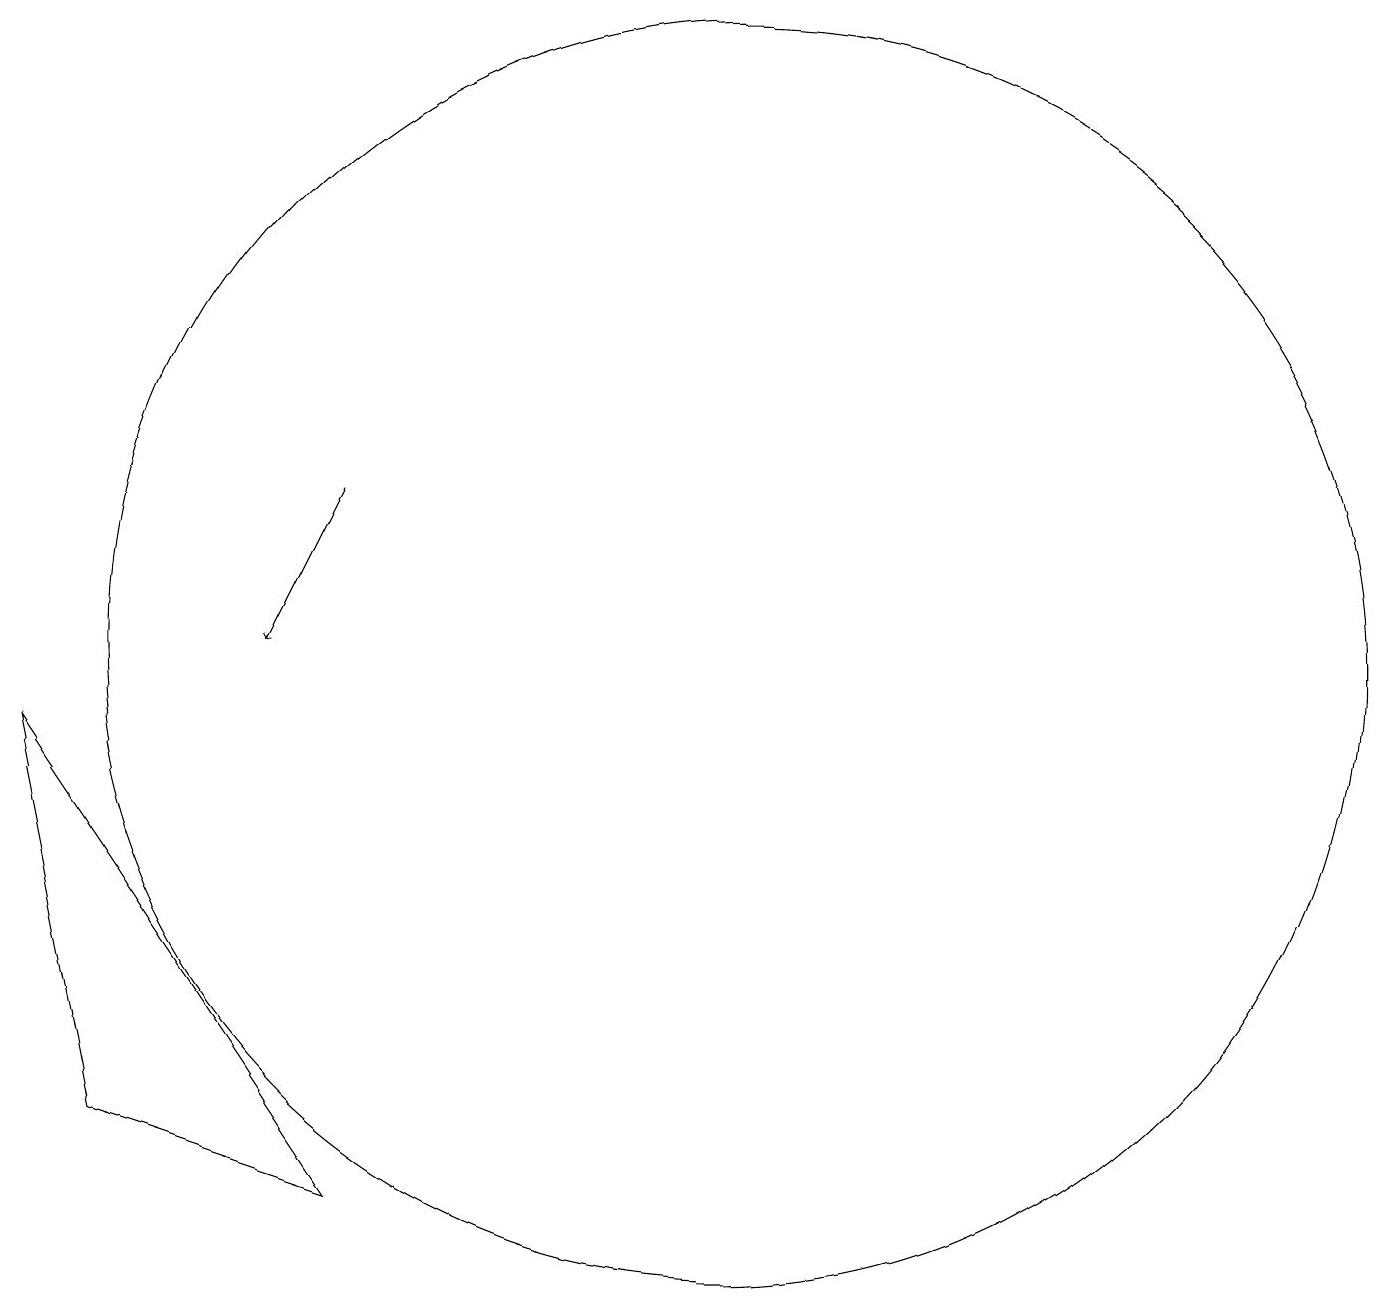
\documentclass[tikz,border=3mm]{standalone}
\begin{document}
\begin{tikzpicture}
\draw (3,9) -- (4,4) -- (7,3) -- cycle;
\draw[->] (7,12) -- (6,10);
\draw (12,10) circle (8);
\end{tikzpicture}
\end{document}